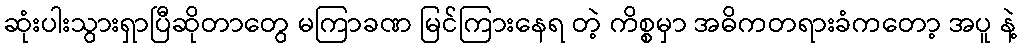
ဆုံးပါးသွားရှာပြီဆိုတာတွေ မကြာခဏ မြင်ကြားနေရ တဲ့ ကိစ္စမှာ အဓိကတရားခံကတော့ အပူ နဲ့